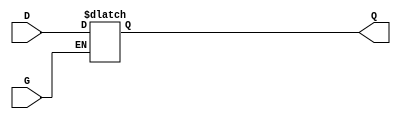
module gated_transparent_latch (
    input wire D,  // Data input
    input wire G,  // Gate control signal
    output reg Q   // Output
);

// Always block triggered by the gate control signal
always @ (G or D) begin
    if (G) begin
        // When G is high, output Q follows input D
        Q <= D;
    end
    // When G is low, Q retains its last value (hold state)
end

endmodule